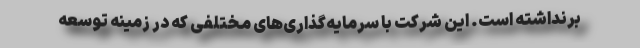
برنداشته است. این شرکت با سرمایه‌گذاری‌های مختلفی که در زمینه توسعه